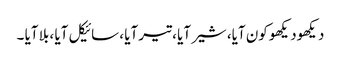
دیکھودیکھو کون آیا، شیر آیا ، تیر آیا ، سائیکل آیا ، بلا آیا ۔